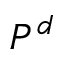
P ^ { d }